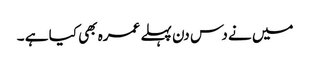
میں نے دس دن پہلے عمرہ بھی کیا ہے ۔